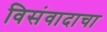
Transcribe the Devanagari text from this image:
विसंवादाचा